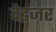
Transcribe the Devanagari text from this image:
देइजर